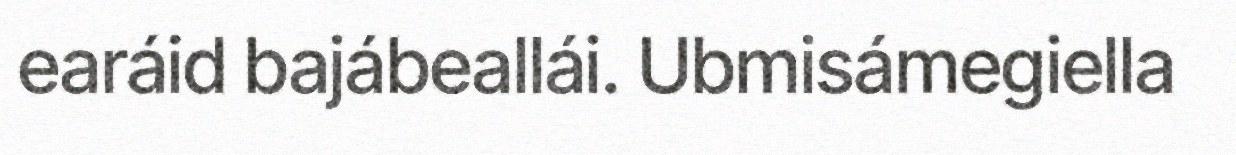
earáid bajábeallái. Ubmisámegiella